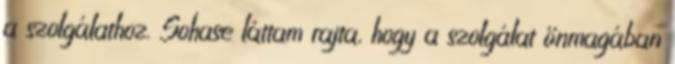
a szolgálathoz. Sohase láttam rajta, hogy a szolgálat önmagában